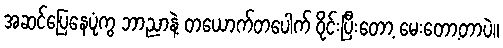
အဆင်ပြေနေပုံကွ ဘာညာနဲ့ တယောက်တပေါက် ဝိုင်းပြီးတော့ မေးတော့တာပဲ။